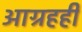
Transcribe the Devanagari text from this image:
आग्रहही